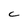
Character: c